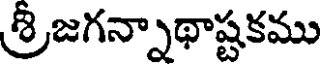
శ్రీజగన్నాథాష్టకము